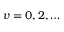
v = 0 , 2 , \ldots